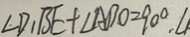
\angle D _ { 1 } B E + \angle A B O = 9 0 ^ { \circ } , \angle